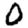
Digit: 0